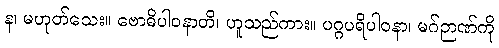
န၊ မဟုတ်သေး။ ဗောဓိပါဝနာတိ၊ ဟူသည်ကား။ ပဂ္ဂပရိပါဝနာ၊ မဂ်ဉာဏ်ကို